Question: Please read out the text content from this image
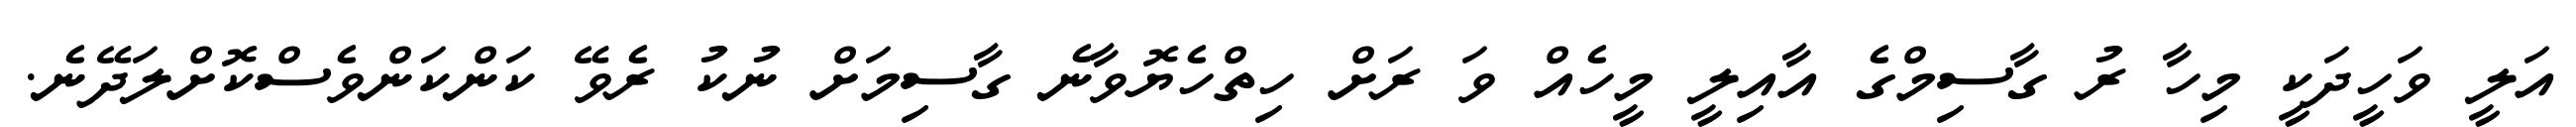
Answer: އަލީ ވަހީދަކީ މިހާ ރު ގާސިމްގެ އާއިލީ މީހެއް ވަ ރަށް ހިތްހެޔޮވާނެ ގާސިމަށް ނުކު ރެވޭ ކަންކަންވެސްކޮށްލަދޭނެ.